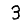
Digit: 3